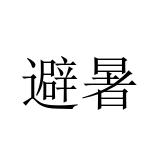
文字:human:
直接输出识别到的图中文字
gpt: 避暑